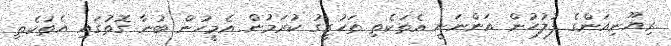
ރިޔޫނިއަންގެ ފުލުހުން އަންނަނީ އެތަކެތި ތަހުގީގު ކުރަމުން އެމީހުން ބުނާ ގޮތުގައި އެތަކެތި